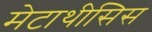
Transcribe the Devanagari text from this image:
मेटाथीसिस